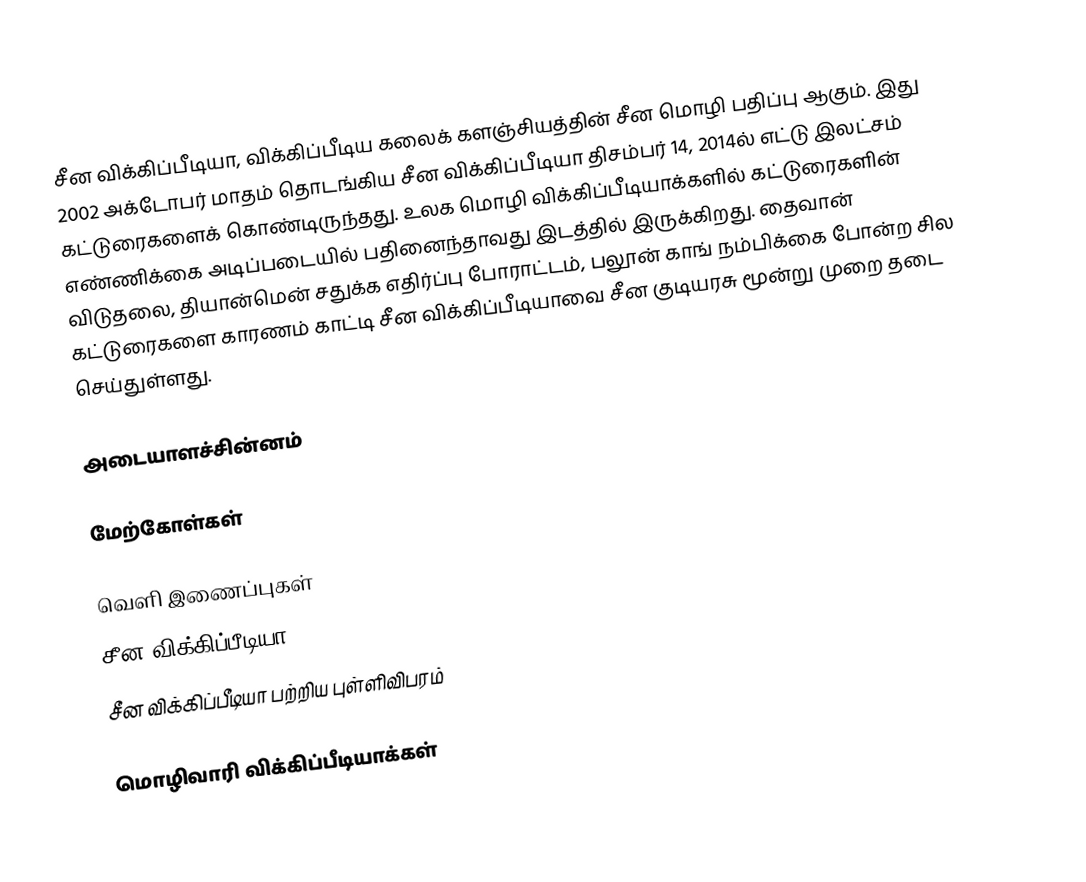
சீன விக்கிப்பீடியா, விக்கிப்பீடிய கலைக் களஞ்சியத்தின் சீன மொழி பதிப்பு ஆகும். இது 2002 அக்டோபர் மாதம் தொடங்கிய சீன விக்கிப்பீடியா திசம்பர் 14, 2014ல் எட்டு இலட்சம் கட்டுரைகளைக் கொண்டிருந்தது.  உலக மொழி விக்கிப்பீடியாக்களில் கட்டுரைகளின் எண்ணிக்கை அடிப்படையில் பதினைந்தாவது இடத்தில் இருக்கிறது. தைவான் விடுதலை, தியான்மென் சதுக்க எதிர்ப்பு போராட்டம், பலூன் காங் நம்பிக்கை போன்ற சில கட்டுரைகளை காரணம் காட்டி சீன விக்கிப்பீடியாவை சீன குடியரசு மூன்று முறை தடை செய்துள்ளது.

அடையாளச்சின்னம்

மேற்கோள்கள்

வெளி இணைப்புகள்
 சீன விக்கிப்பீடியா
 சீன விக்கிப்பீடியா பற்றிய புள்ளிவிபரம்

மொழிவாரி விக்கிப்பீடியாக்கள்